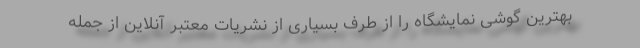
بهترین گوشی نمایشگاه را از طرف بسیاری از نشریات معتبر آنلاین از جمله